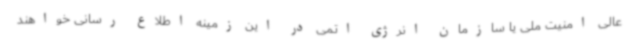
عالی امنیت ملی یا سازمان انرژی اتمی در این زمینه اطلاع رسانی خواهند